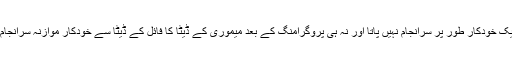
بلینک چیک خودکار طور پر سرانجام نہیں پاتا اور نہ ہی پروگرامنگ کے بعد میموری کے ڈیٹا کا فائل کے ڈیٹا سے خودکار موازنہ سرانجام پاتا ہے۔